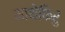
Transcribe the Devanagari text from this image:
माथेफिरु